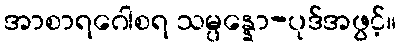
အာစာရဂေါစရ သမ္ပန္နော-ပုဒ်အဖွင့်။